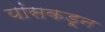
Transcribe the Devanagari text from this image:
यांसकडून